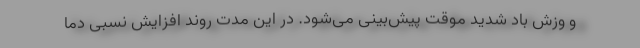
و وزش باد شدید موقت پیش‌بینی می‌شود. در این مدت روند افزایش نسبی دما